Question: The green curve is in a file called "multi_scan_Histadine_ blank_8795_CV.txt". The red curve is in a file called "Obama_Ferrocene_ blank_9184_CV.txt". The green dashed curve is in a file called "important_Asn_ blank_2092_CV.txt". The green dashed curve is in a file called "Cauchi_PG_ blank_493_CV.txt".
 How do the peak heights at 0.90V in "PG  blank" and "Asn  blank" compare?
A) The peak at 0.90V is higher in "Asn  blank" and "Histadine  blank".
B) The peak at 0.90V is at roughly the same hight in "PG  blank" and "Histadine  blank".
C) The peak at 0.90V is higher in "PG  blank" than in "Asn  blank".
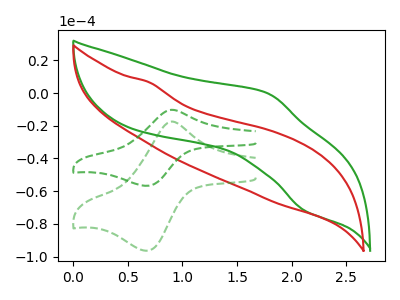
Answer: <think>The green curve "Histadine  blank" has an anodic peak at (1.75V, 0.15uA) and a cathodic peak at (2.10V, -71.90uA). The red curve "Ferrocene  blank" has no peaks. The green dashed curve "Asn  blank" has an anodic peak at (0.90V, -17.50uA) and a cathodic peak at (0.70V, -96.40uA). The green dashed curve "PG  blank" has an anodic peak at (0.90V, -10.30uA) and a cathodic peak at (0.70V, -56.75uA).</think>
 <answer>C) The peak at 0.90V is higher in "PG  blank" than in "Asn  blank".</answer>
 <eval>C</eval>